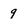
Character: 9